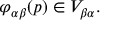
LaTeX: \varphi _ { \alpha \beta } ( p ) \in V _ { \beta \alpha } .